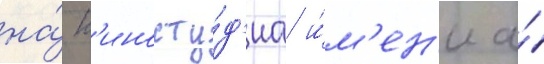
на́ к'иносту́д'иа и́м'ен'и а́